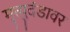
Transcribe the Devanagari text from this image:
मृत्युदंडावर